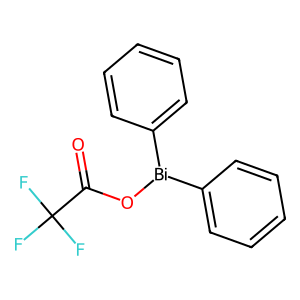
SMILES: O=C(O[Bi](c1ccccc1)c1ccccc1)C(F)(F)F
Inhibits HIV replication: No